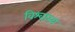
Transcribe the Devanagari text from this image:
विश्वास्य